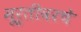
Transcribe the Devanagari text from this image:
मूर्तीवरचे